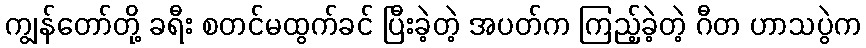
ကျွန်တော်တို့ ခရီး စတင်မထွက်ခင် ပြီးခဲ့တဲ့ အပတ်က ကြည့်ခဲ့တဲ့ ဂီတ ဟာသပွဲက